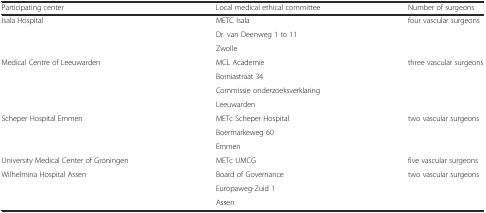
<table><thead><tr><td><b>Participating center</b></td><td><b>Local medical ethical committee</b></td><td><b>Number of surgeons</b></td></tr></thead><tbody><tr><td rowspan="3">Isala Hospital</td><td>METC Isala</td><td rowspan="3">four vascular surgeons</td></tr><tr><td>Dr. van Deenweg 1 to 11</td></tr><tr><td>Zwolle</td></tr><tr><td rowspan="4">Medical Centre of Leeuwarden</td><td>MCL Academie</td><td rowspan="4">three vascular surgeons</td></tr><tr><td>Borniastraat 34</td></tr><tr><td>Commissie onderzoeksverklaring</td></tr><tr><td>Leeuwarden</td></tr><tr><td rowspan="3">Scheper Hospital Emmen</td><td>METc Scheper Hospital</td><td rowspan="3">two vascular surgeons</td></tr><tr><td>Boermarkeweg 60</td></tr><tr><td>Emmen</td></tr><tr><td>University Medical Center of Groningen</td><td>METc UMCG</td><td>five vascular surgeons</td></tr><tr><td rowspan="3">Wilhelmina Hospital Assen</td><td>Board of Governance</td><td rowspan="3">two vascular surgeons</td></tr><tr><td>Europaweg-Zuid 1</td></tr><tr><td>Assen</td></tr></tbody></table>